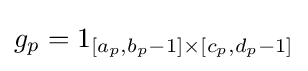
g_{p}=1_{[a_{p},b_{p}-1]\times [c_{p},d_{p}-1]}